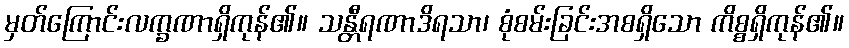
မှတ်ကြောင်းလက္ခဏာရှိကုန်၏။ သန္တီရဏာဒိရသာ၊ စုံစမ်းခြင်းအစရှိသော ကိစ္စရှိကုန်၏။